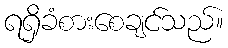
ရရှိခံစားစေချင်သည်။